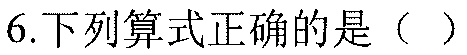
6.下列算式正确的是（  ）